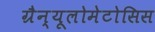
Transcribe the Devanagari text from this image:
ग्रैन्यूलोमेटोसिस